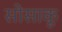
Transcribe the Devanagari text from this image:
सोसाकू